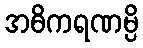
အဓိကရဏမ္ပိ